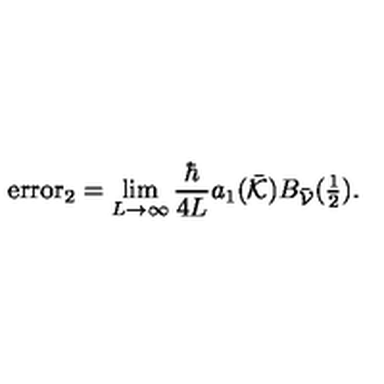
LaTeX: \mathrm { e r r o r } _ { 2 } = \lim _ { L \rightarrow \infty } \frac { \hbar } { 4 L } { a _ { 1 } ( \bar { \cal K } ) } B _ { \bar { \cal V } } ( \textstyle \frac { 1 } { 2 } ) .